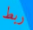
ربط